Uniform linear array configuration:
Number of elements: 8
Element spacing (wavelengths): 1
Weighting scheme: hann
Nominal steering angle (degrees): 0
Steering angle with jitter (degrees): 0.8438
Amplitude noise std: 0.05
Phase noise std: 0.05

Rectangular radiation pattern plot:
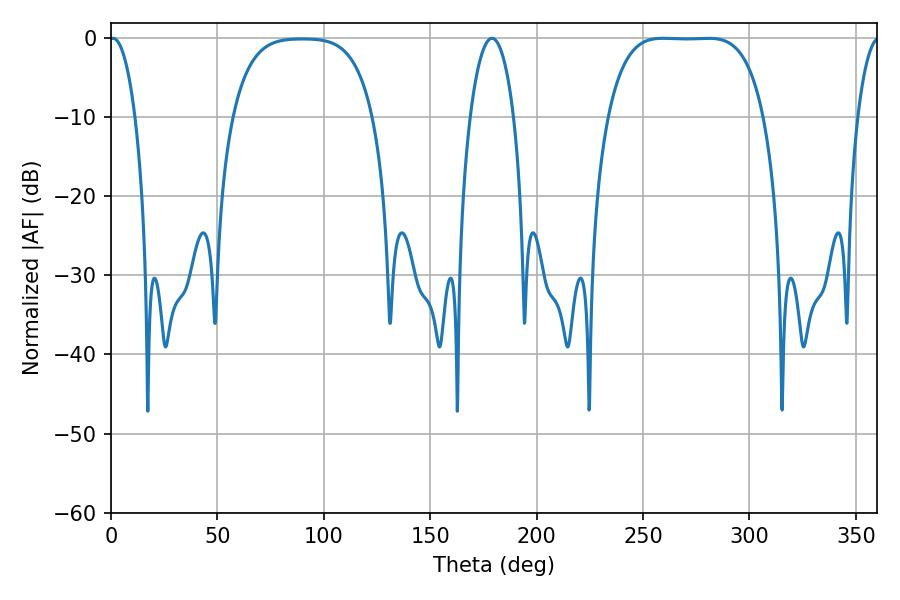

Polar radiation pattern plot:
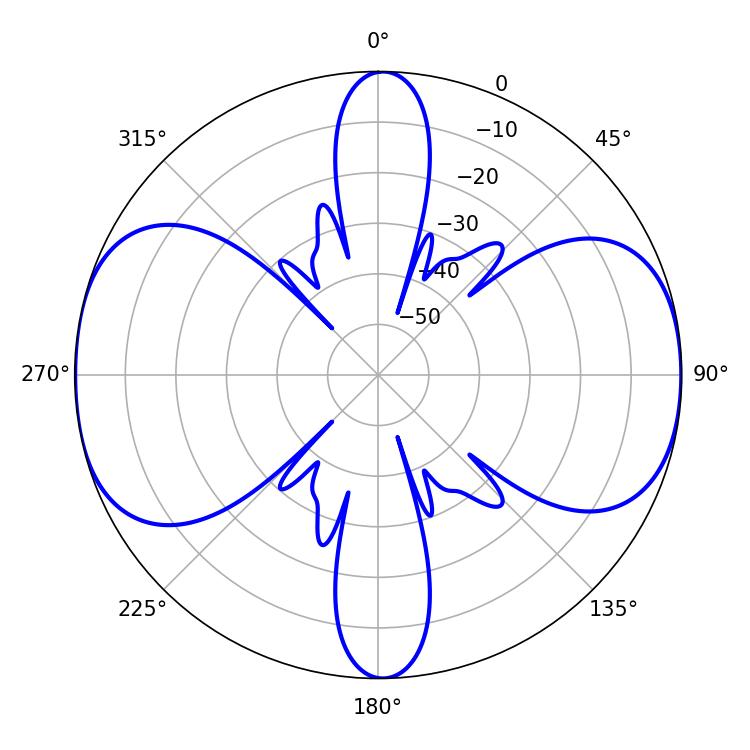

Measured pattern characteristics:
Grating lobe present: TRUE
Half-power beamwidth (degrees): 56.52
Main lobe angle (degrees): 259.38